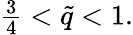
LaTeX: \begin{array}{r}{\frac{3}{4}<\tilde{q}<1.}\end{array}